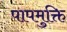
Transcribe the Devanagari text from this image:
पापमुक्ति